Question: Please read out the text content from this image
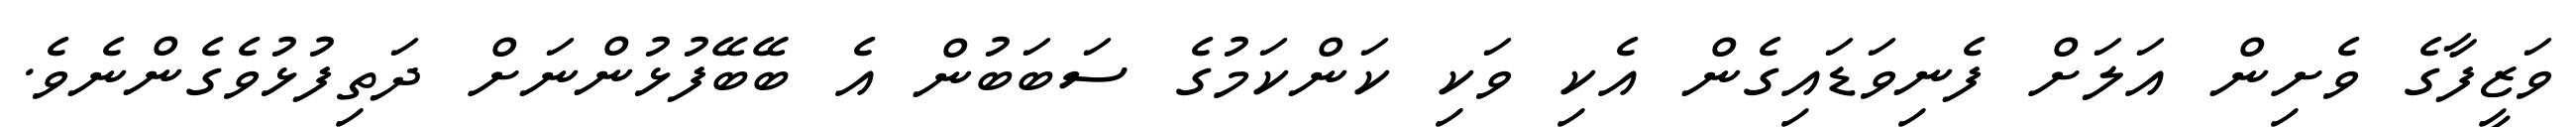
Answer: ވަޒީފާގެ ވެށިން އަލަށް ފެނިވަޑައިގެން އެކި ވަކި ކަންކަމުގެ ސަބަބުން އެ ބޭބޭފުޅުންނަށް ދަތިފުޅުވެގެންނެވެ.